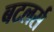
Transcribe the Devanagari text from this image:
बटलर्स